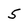
Character: 5